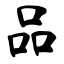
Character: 品